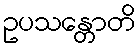
ဥပသန္တောတိ